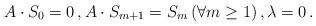
LaTeX: \begin{align*}A\cdot S_0 = 0\,, A\cdot S_{m+1} =S_m\,(\forall m\geq 1)\,, \lambda = 0\,.\end{align*}